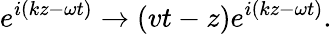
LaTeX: e^{i\left(kz-\omega t\right)}\rightarrow\left(vt-z\right)e^{i\left(kz-\omega t\right)}.